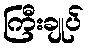
ကြီးချုပ်